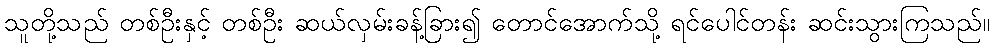
သူတို့သည် တစ်ဦးနှင့် တစ်ဦး ဆယ်လှမ်းခန့်ခြား၍ တောင်အောက်သို့ ရင်ပေါင်တန်း ဆင်းသွားကြသည်။